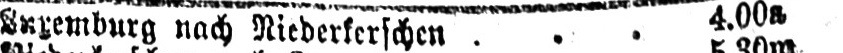
Luxemburg nach Niederkerschen ... 4.00a